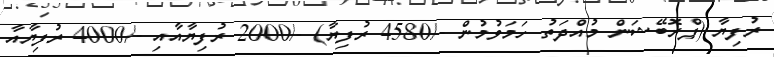
ރުފިޔާ (ޕްރޮބޭޝަން މުއްދަތު ހަމަވުމުން -/4580 ރުފިޔާ) -/2000 ރުފިޔާއާއި -/4000 ރުފިޔާއާ